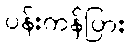
ပန်းကန်ပြား